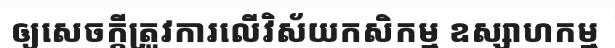
ឲ្យសេចក្តីត្រូវការលើវិស័យកសិកម្ម ឧស្សាហកម្ម